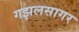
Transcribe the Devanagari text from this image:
गझलसागर